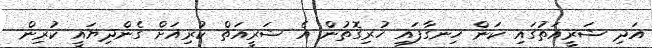
އަދި ޝަރީއަތުގައި ކަން ހިނގާފައި ހުރިގޮތުން އެ ޝަރީއަތް ކުރިއަށް ގެންދިޔައީ ކުރިން